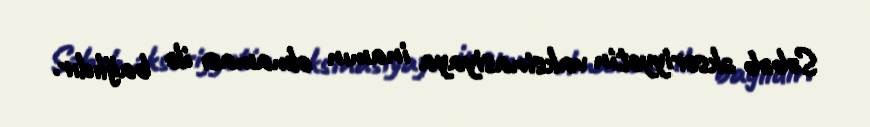
Səbəb əksəriyyətin vaksinasiyaya inamın olmaması ilə bağlıdır.